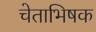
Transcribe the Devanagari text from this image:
चेताभिषक